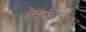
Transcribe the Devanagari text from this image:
हैबरदित्ज़